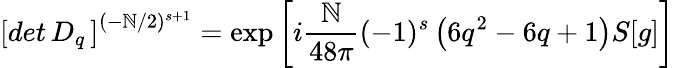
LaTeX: \left[det\, D_{q}\, \right]^{(-\mathbb{N}/2)^{s+1}}=\exp\left[i{\frac{{\mathbb{N}}}{{48\pi}}}(-1)^{s}\left(6q^{2}-6q+1\right)S[g]\right]